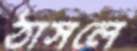
ঠাসলে